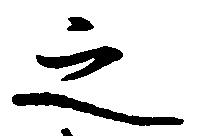
之